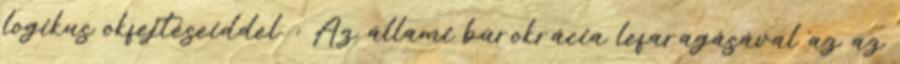
logikus okfejtéseiddel. : Az állami bürokrácia lefaragásával az az